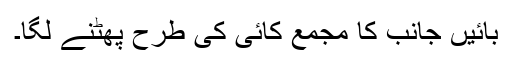
بائیں جانب کا مجمع کائی کی طرح پھٹنے لگا۔